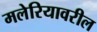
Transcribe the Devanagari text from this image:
मलेरियावरील